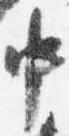
中